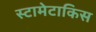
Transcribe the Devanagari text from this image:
स्टामेटाकिस